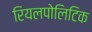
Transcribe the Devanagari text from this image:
रियलपोलिटिक